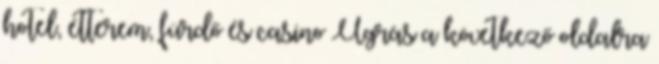
hotel, étterem, fürdő és casino Ugrás a következő oldalra